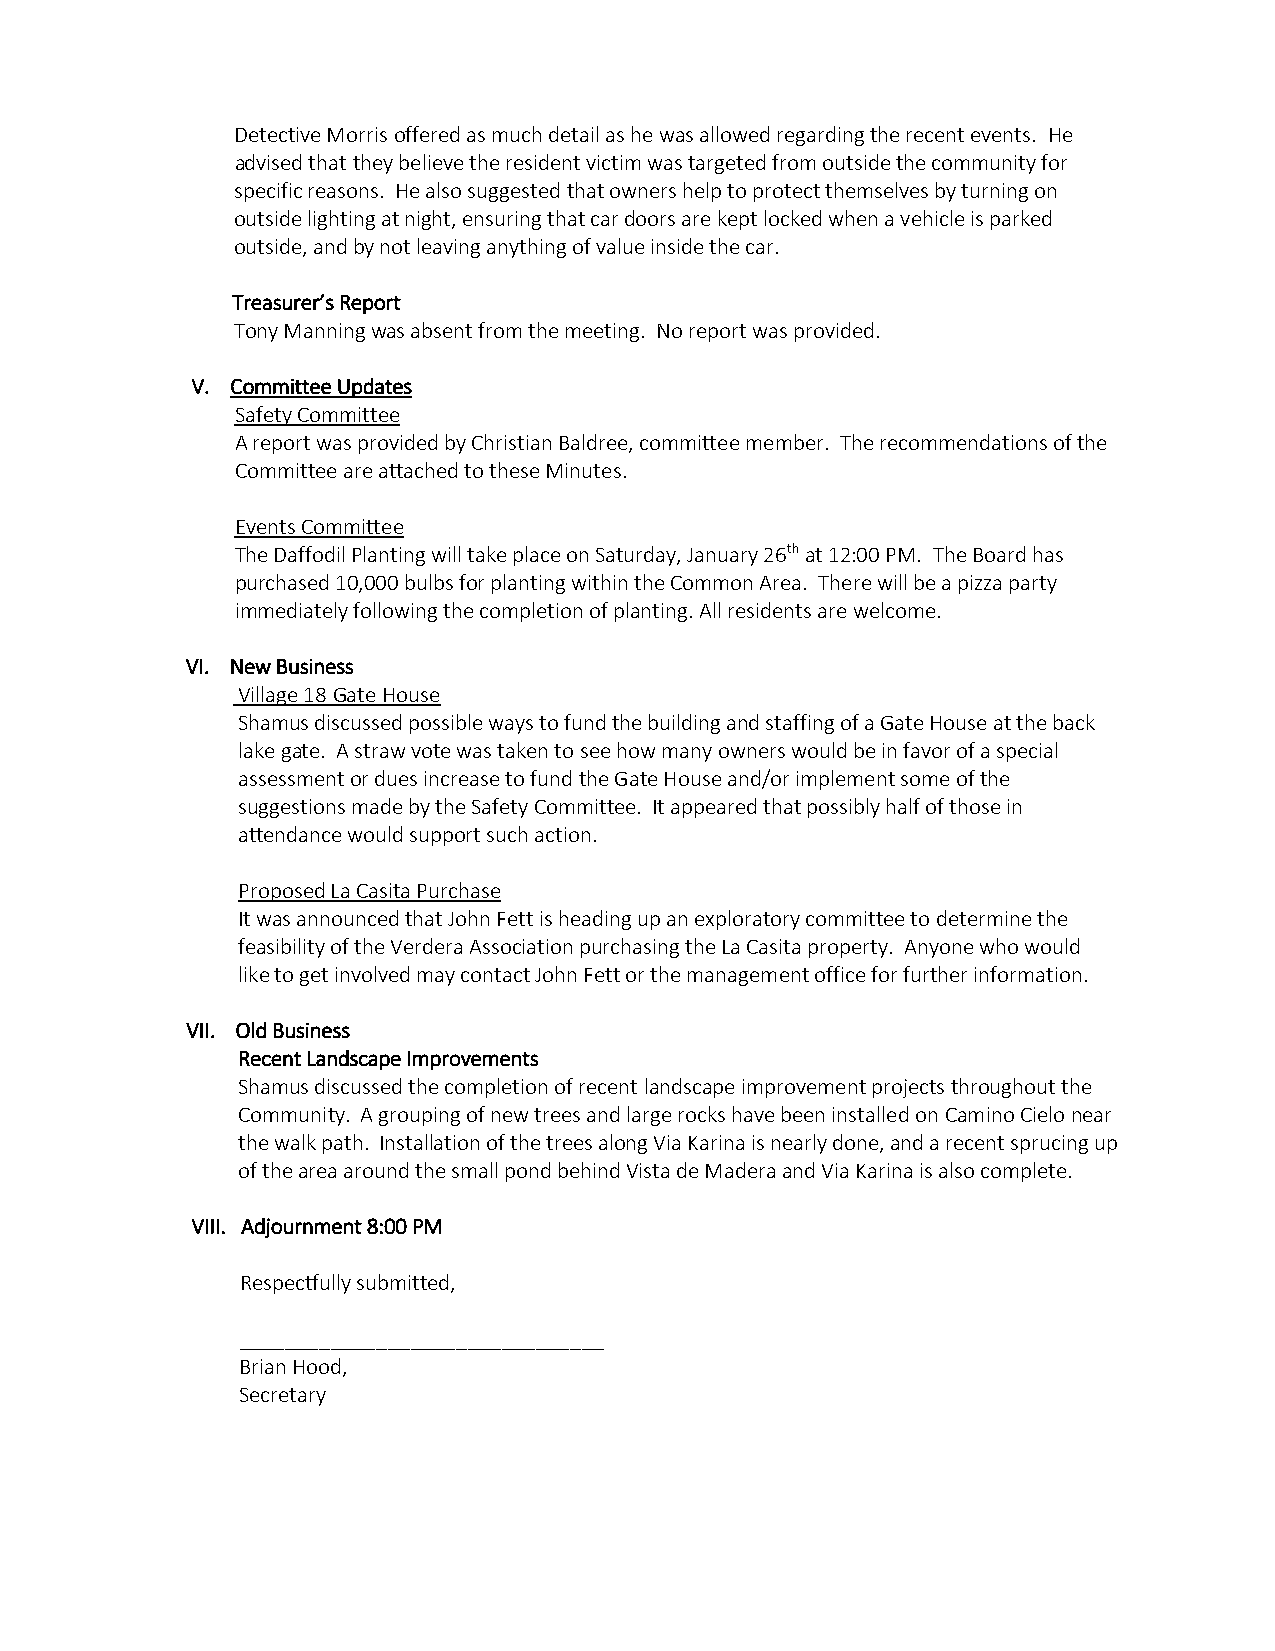
Detective Morris offered as much detail as he was allowed regarding the recent events. He
 advised that they believe the resident victim was targeted from outside the community for
 specific reasons. He also suggested that owners help to protect themselves by turning on
 outside lighting at night, ensuring that car doors are kept locked when a vehicle is parked
 outside, and by not leaving anything of value inside the car.
 Treasurer’s Report
 Tony Manning was absent from the meeting. No report was provided.
 V. Committee Updates
 Safety Committee
 A report was provided by Christian Baldree, committee member. The recommendations of the
 Committee are attached to these Minutes.
 Events Committee
 The Daffodil Planting will take place on Saturday, January 26th at 12:00 PM. The Board has
 purchased 10,000 bulbs for planting within the Common Area. There will be a pizza party
 immediately following the completion of planting. All residents are welcome.
 VI. New Business
 Village 18 Gate House
 Shamus discussed possible ways to fund the building and staffing of a Gate House at the back
 lake gate. A straw vote was taken to see how many owners would be in favor of a special
 assessment or dues increase to fund the Gate House and/or implement some of the
 suggestions made by the Safety Committee. It appeared that possibly half of those in
 attendance would support such action.
 Proposed La Casita Purchase
 It was announced that John Fett is heading up an exploratory committee to determine the
 feasibility of the Verdera Association purchasing the La Casita property. Anyone who would
 like to get involved may contact John Fett or the management office for further information.
 VII. Old Business
 Recent Landscape Improvements
 Shamus discussed the completion of recent landscape improvement projects throughout the
 Community. A grouping of new trees and large rocks have been installed on Camino Cielo near
 the walk path. Installation of the trees along Via Karina is nearly done, and a recent sprucing up
 of the area around the small pond behind Vista de Madera and Via Karina is also complete.
 VIII. Adjournment 8:00 PM
 Respectfully submitted,
 ________________________________
 Brian Hood,
 Secretary